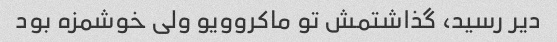
دیر رسید، گذاشتمش تو ماکروویو ولی خوشمزه بود